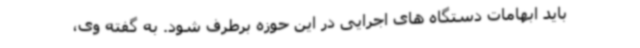
باید ابهامات دستگاه های اجرایی در این حوزه برطرف شود. به گفته وی،